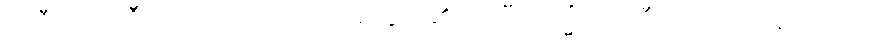
ပဏီတံ၊ ပဏီတကုသိုလ်သည်။ အတ္ထိ၊ ရှိ၏။ ပဏီတသ္မိံပိ၊ ပဏီတကုသိုလ်၌လည်း။